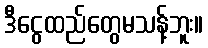
ဒီငွေထည်တွေမသန့်ဘူး။